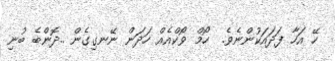
ހޭ އަހާ ފަދައަކުންނެވެ.  ހޯމް ވޯކްއެއް ހަދަން ނޭނގިގެން ..ދޮންބެ ބުނި